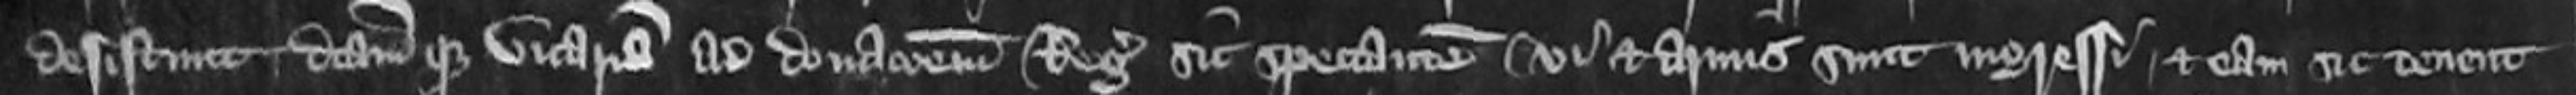
desistunt dictam que vicariam ad donacionem Regis sic spectantem vi et armis sunt ingress et eam sic tenent